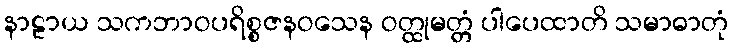
နာဠာယ သကဘာဝပရိစ္စဇနဝသေန ဝတ္ထုမတ္တံ ပါပေထာတိ သမာဓာတုံ